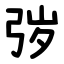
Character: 㢷